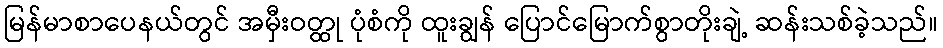
မြန်မာစာပေနယ်တွင် အမှီးဝတ္ထု ပုံစံကို ထူးချွန် ပြောင်မြောက်စွာတိုးချဲ့ ဆန်းသစ်ခဲ့သည်။